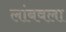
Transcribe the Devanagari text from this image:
लांबवला